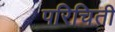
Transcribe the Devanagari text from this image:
परिचिती